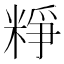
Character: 𥺲